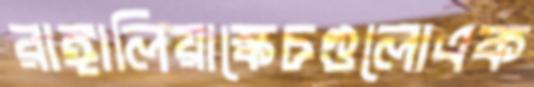
রাঙ্গালিয়াস্কেচগুলোএক